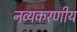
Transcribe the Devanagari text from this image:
नव्यकरणीय